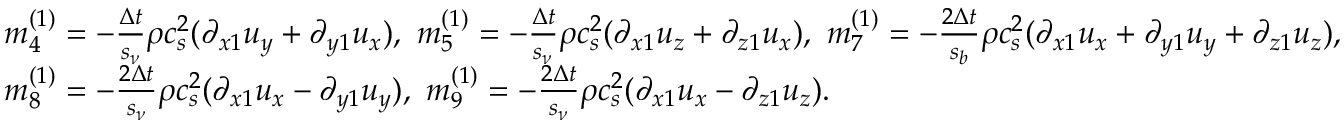
\begin{array} { l } { m _ { 4 } ^ { ( 1 ) } = - \frac { { \Delta t } } { { { s _ { \nu } } } } \rho c _ { s } ^ { 2 } ( { \partial _ { x 1 } } { u _ { y } } + { \partial _ { y 1 } } { u _ { x } } ) , ~ m _ { 5 } ^ { ( 1 ) } = - \frac { { \Delta t } } { { { s _ { \nu } } } } \rho c _ { s } ^ { 2 } ( { \partial _ { x 1 } } { u _ { z } } + { \partial _ { z 1 } } { u _ { x } } ) , ~ m _ { 7 } ^ { ( 1 ) } = - \frac { { 2 \Delta t } } { { { s _ { b } } } } \rho c _ { s } ^ { 2 } ( { \partial _ { x 1 } } { u _ { x } } + { \partial _ { y 1 } } { u _ { y } } + { \partial _ { z 1 } } { u _ { z } } ) , } \\ { m _ { 8 } ^ { ( 1 ) } = - \frac { { 2 \Delta t } } { { { s _ { \nu } } } } \rho c _ { s } ^ { 2 } ( { \partial _ { x 1 } } { u _ { x } } - { \partial _ { y 1 } } { u _ { y } } ) , ~ m _ { 9 } ^ { ( 1 ) } = - \frac { { 2 \Delta t } } { { { s _ { \nu } } } } \rho c _ { s } ^ { 2 } ( { \partial _ { x 1 } } { u _ { x } } - { \partial _ { z 1 } } { u _ { z } } ) . } \end{array}